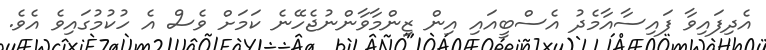
އެދިފައިވާ ފައިސާއާމެދު އެސްބީއައި އިން ޒިންމާވާންނުޖެހޭނެ ކަމަށް ވެސް އެ ހުކުމުގައިވެ އެވެ.